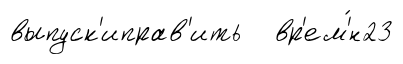
выпуск'иправ'ить вр'ем'́н23